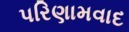
પરિણામવાદ